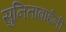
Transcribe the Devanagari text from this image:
सुनिताबाईंनी